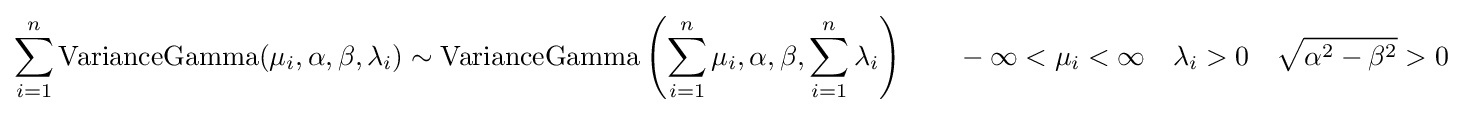
\sum _{i=1}^{n}\operatorname {VarianceGamma} (\mu _{i},\alpha ,\beta ,\lambda _{i})\sim \operatorname {VarianceGamma} \left(\sum _{i=1}^{n}\mu _{i},\alpha ,\beta ,\sum _{i=1}^{n}\lambda _{i}\right)\qquad -\infty <\mu _{i}<\infty \quad \lambda _{i}>0\quad {\sqrt {\alpha ^{2}-\beta ^{2}}}>0